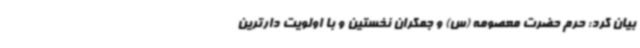
بیان کرد: حرم حضرت معصومه (س) و جمکران نخستین و با اولویت دارترین